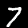
Digit: 7